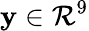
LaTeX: \mathbf{y}\in\mathcal{R}^{9}